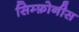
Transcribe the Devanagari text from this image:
सिम्फ़ोनीस